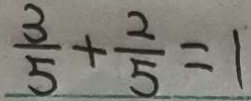
\frac { 3 } { 5 } + \frac { 2 } { 5 } = 1